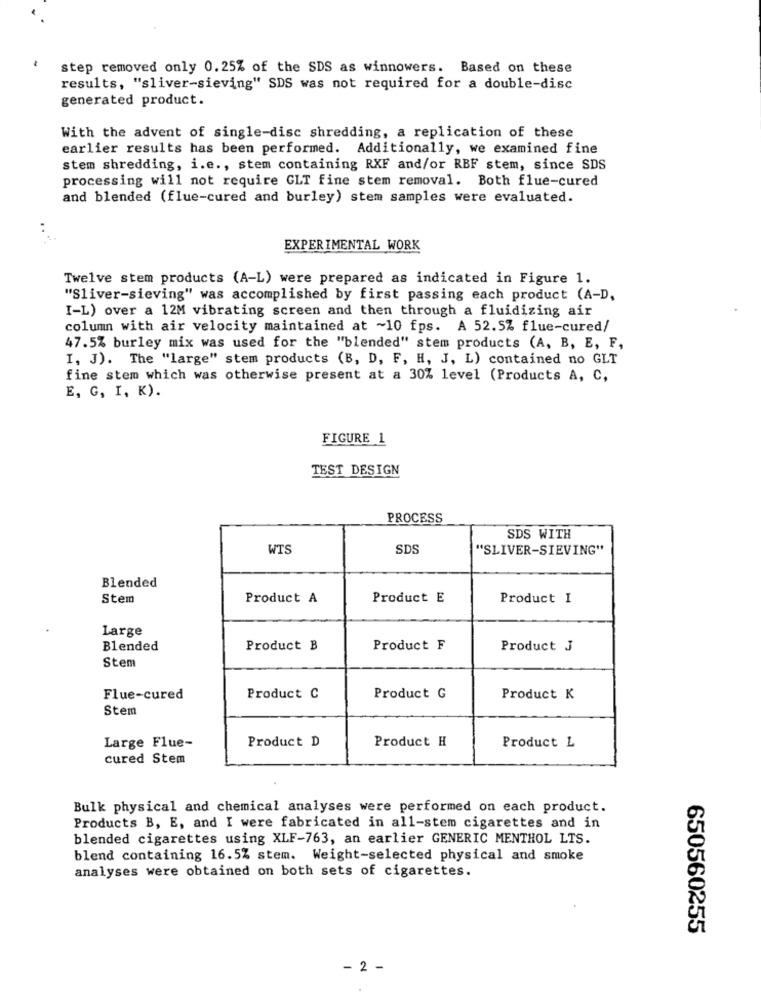
step removed only 0.25% of the SDS as winnowers. Based on these
results, "sliver-sieving" SDS was not required for a double-disc
generated product.
With the advent of single-disc shredding, a replication of these
earlier results has been performed. Additionally, we examined fine
stem shredding, i.e ., stem containing RXF and/or RBF stem, since SDS
processing will not require GLT fine stem removal. Both flue-cured
and blended (flue-cured and burley) stem samples were evaluated.
EXPERIMENTAL WORK
Twelve stem products (A-L) were prepared as indicated in Figure 1.
"Sliver-sieving" was accomplished by first passing each product (A-D,
I-L) over a 12M vibrating screen and then through a fluidizing air
column with air velocity maintained at ~10 fps. A 52.5% flue-cured/
47.5% burley mix was used for the "blended" stem products (A, B, E, F,
I, J). The "large" stem products (B, D, F, H, J, L) contained no GLT
fine stem which was otherwise present at a 30% level (Products A, C,
E, G, I, K).
FIGURE 1
TEST DESIGN
PROCESS
SDS WITH
WTS
SDS
"SLIVER-SIEVING"
Blended
Stem
Product A
Product E
Product I
Large
Blended
Product B
Product F
Product J
Stem
Flue-cured
Product C
Product G
Product K
Stem
Product D
Product H
Large Flue-
Product L
cured Stem
Bulk physical and chemical analyses were performed on each product.
Products B, E, and I were fabricated in all-stem cigarettes and in
blended cigarettes using XLF-763, an earlier GENERIC MENTHOL LTS.
blend containing 16.5% stem. Weight-selected physical and smoke
analyses were obtained on both sets of cigarettes.
650560255
- 2 -